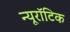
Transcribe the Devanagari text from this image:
न्यूरॉटिक